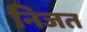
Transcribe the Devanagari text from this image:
निजत